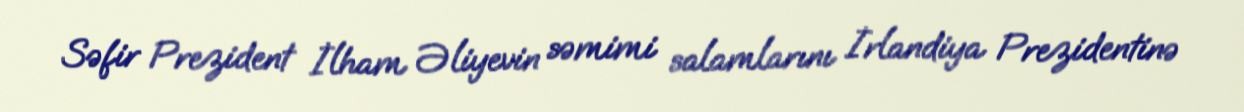
Səfir Prezident İlham Əliyevin səmimi salamlarını İrlandiya Prezidentinə